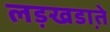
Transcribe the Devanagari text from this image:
लड़खडा़ते